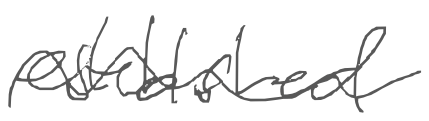
Text: established
Cross-out: wave
Writing tool: digital_gray